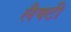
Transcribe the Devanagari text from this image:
लैक्टी